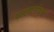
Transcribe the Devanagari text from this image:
पायथागोसची